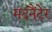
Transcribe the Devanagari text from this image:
मदनैंटेर